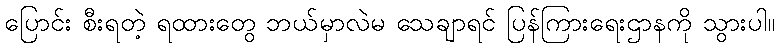
ပြောင်း စီးရတဲ့ ရထားတွေ ဘယ်မှာလဲမ သေချာရင် ပြန်ကြားရေးဌာနကို သွားပါ။